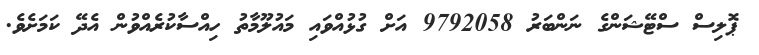
ޕޮލިސް ސްޓޭޝަންގެ ނަންބަރު 9792058 އަށް ގުޅުއްވައި މައުލޫމާތު ހިއްސާކުރެއްވުން އެދޭ ކަމަށެވެ.